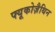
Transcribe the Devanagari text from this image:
फ्यूकोज़ैथिन